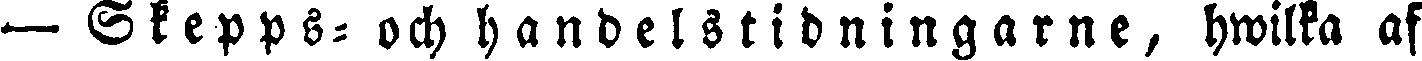
— Skepps- och handelstidningarne, hwilka af